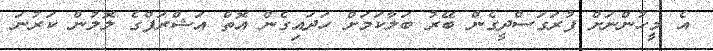
އެ މީހުންނަށް ފުރަގަސްދީގެން ބޭރު ބަލާކަމަށް ހަދައިގެން އޮތް އަޝްރަފްގެ ލޮލުން ކަރުނަ